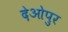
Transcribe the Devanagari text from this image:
देओपुर